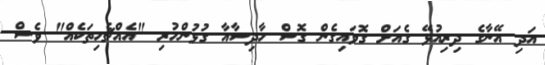
އަދި އޭނާގެ ދިރިއުޅޭ ގެއަށް ގޮވައިގެން ގޮސް ހާދިސާއާ ގުޅުންހުރި "އެއްޗެހިތަކެއް" ވެސް